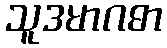
သူဒမာဂဓာ